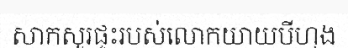
សាកសួរផ្ទះរបស់លោកយាយបីហុង